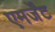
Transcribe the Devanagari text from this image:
एमर्जेंट